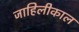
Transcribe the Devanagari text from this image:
जाहिलीकाल